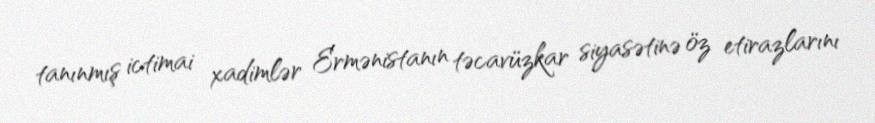
tanınmış ictimai xadimlər Ermənistanın təcavüzkar siyasətinə öz etirazlarını